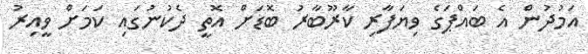
އަމުދުން އެ ބައްޕަގެ ވިޔަފާރި ކާރޫބާރު ބޮޑަށް އޮތީ ދެކުނުގައި ކަމަށް ވީއިރު